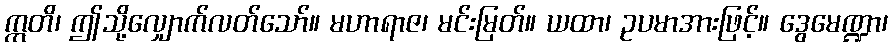
ဣတိ၊ ဤသို့လျှောက်လတ်သော်။ မဟာရာဇ၊ မင်းမြတ်။ ယထာ၊ ဥပမာအားဖြင့်။ ဒွေမေဏ္ဍာ၊